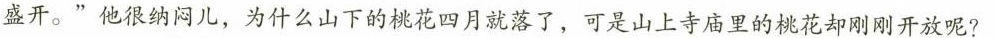
盛开。”他很纳闷儿，为什么山下的桃花四月就落了，可是山上寺庙里的桃花却刚刚开放呢?